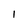
Character: I